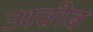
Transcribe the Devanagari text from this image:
अवीब